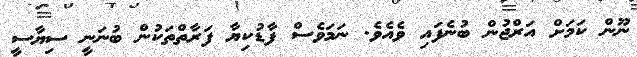
ނޫން ކަމަށް އަރްޖުން ބުނެފައި ވެއެވެ. ނަމަވެސް ފާޑުކިޔާ ފަރާތްތަކުން ބުނަނީ ސިޔާސީ